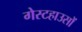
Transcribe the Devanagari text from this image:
गेस्टहाउसों